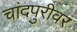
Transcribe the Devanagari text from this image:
चांदपुरीवर